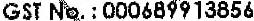
GST NO. : 000689913856